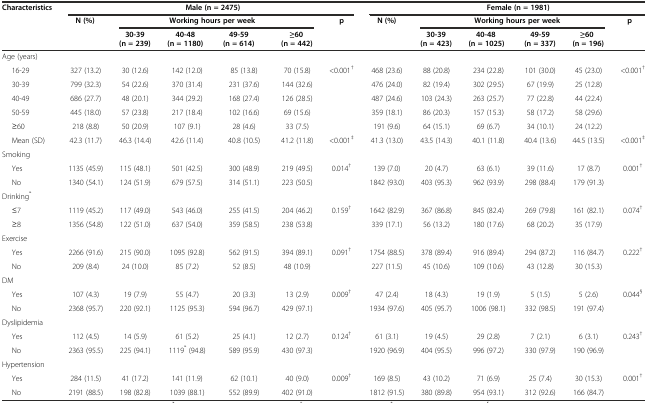
<table><thead><tr><td rowspan="3"><b>Characteristics</b></td><td colspan="6"><b>Male (n = 2475)</b></td><td colspan="6"><b>Female (n = 1981)</b></td></tr><tr><td rowspan="2"><b>N (%)</b></td><td colspan="4"><b>Working hours per week</b></td><td rowspan="2"><b>p</b></td><td rowspan="2"><b>N (%)</b></td><td colspan="4"><b>Working hours per week</b></td><td rowspan="2"><b>p</b></td></tr><tr><td><b>30-39 (n = 239)</b></td><td><b>40-48 (n = 1180)</b></td><td><b>49-59 (n = 614)</b></td><td><b>≥60 (n = 442)</b></td><td><b>30-39 (n = 423)</b></td><td><b>40-48 (n = 1025)</b></td><td><b>49-59 (n = 337)</b></td><td><b>≥60 (n = 196)</b></td></tr></thead><tbody><tr><td>Age (years)</td><td></td><td></td><td></td><td></td><td></td><td></td><td></td><td></td><td></td><td></td><td></td><td></td></tr><tr><td>16-29</td><td>327 (13.2)</td><td>30 (12.6)</td><td>142 (12.0)</td><td>85 (13.8)</td><td>70 (15.8)</td><td>&lt;0.001<sup>†</sup></td><td>468 (23.6)</td><td>88 (20.8)</td><td>234 (22.8)</td><td>101 (30.0)</td><td>45 (23.0)</td><td>&lt;0.001<sup>†</sup></td></tr><tr><td>30-39</td><td>799 (32.3)</td><td>54 (22.6)</td><td>370 (31.4)</td><td>231 (37.6)</td><td>144 (32.6)</td><td></td><td>476 (24.0)</td><td>82 (19.4)</td><td>302 (29.5)</td><td>67 (19.9)</td><td>25 (12.8)</td><td></td></tr><tr><td>40-49</td><td>686 (27.7)</td><td>48 (20.1)</td><td>344 (29.2)</td><td>168 (27.4)</td><td>126 (28.5)</td><td></td><td>487 (24.6)</td><td>103 (24.3)</td><td>263 (25.7)</td><td>77 (22.8)</td><td>44 (22.4)</td><td></td></tr><tr><td>50-59</td><td>445 (18.0)</td><td>57 (23.8)</td><td>217 (18.4)</td><td>102 (16.6)</td><td>69 (15.6)</td><td></td><td>359 (18.1)</td><td>86 (20.3)</td><td>157 (15.3)</td><td>58 (17.2)</td><td>58 (29.6)</td><td></td></tr><tr><td>≥60</td><td>218 (8.8)</td><td>50 (20.9)</td><td>107 (9.1)</td><td>28 (4.6)</td><td>33 (7.5)</td><td></td><td>191 (9.6)</td><td>64 (15.1)</td><td>69 (6.7)</td><td>34 (10.1)</td><td>24 (12.2)</td><td></td></tr><tr><td>Mean (SD)</td><td>42.3 (11.7)</td><td>46.3 (14.4)</td><td>42.6 (11.4)</td><td>40.8 (10.5)</td><td>41.2 (11.8)</td><td>&lt;0.001<sup>‡</sup></td><td>41.3 (13.0)</td><td>43.5 (14.3)</td><td>40.1 (11.8)</td><td>40.4 (13.6)</td><td>44.5 (13.5)</td><td>&lt;0.001<sup>‡</sup></td></tr><tr><td>Smoking</td><td></td><td></td><td></td><td></td><td></td><td></td><td></td><td></td><td></td><td></td><td></td><td></td></tr><tr><td>Yes</td><td>1135 (45.9)</td><td>115 (48.1)</td><td>501 (42.5)</td><td>300 (48.9)</td><td>219 (49.5)</td><td>0.014<sup>†</sup></td><td>139 (7.0)</td><td>20 (4.7)</td><td>63 (6.1)</td><td>39 (11.6)</td><td>17 (8.7)</td><td>0.001<sup>†</sup></td></tr><tr><td>No</td><td>1340 (54.1)</td><td>124 (51.9)</td><td>679 (57.5)</td><td>314 (51.1)</td><td>223 (50.5)</td><td></td><td>1842 (93.0)</td><td>403 (95.3)</td><td>962 (93.9)</td><td>298 (88.4)</td><td>179 (91.3)</td><td></td></tr><tr><td>Drinking<sup>*</sup></td><td></td><td></td><td></td><td></td><td></td><td></td><td></td><td></td><td></td><td></td><td></td><td></td></tr><tr><td>≤7</td><td>1119 (45.2)</td><td>117 (49.0)</td><td>543 (46.0)</td><td>255 (41.5)</td><td>204 (46.2)</td><td>0.159<sup>†</sup></td><td>1642 (82.9)</td><td>367 (86.8)</td><td>845 (82.4)</td><td>269 (79.8)</td><td>161 (82.1)</td><td>0.074<sup>†</sup></td></tr><tr><td>≥8</td><td>1356 (54.8)</td><td>122 (51.0)</td><td>637 (54.0)</td><td>359 (58.5)</td><td>238 (53.8)</td><td></td><td>339 (17.1)</td><td>56 (13.2)</td><td>180 (17.6)</td><td>68 (20.2)</td><td>35 (17.9)</td><td></td></tr><tr><td>Exercise</td><td></td><td></td><td></td><td></td><td></td><td></td><td></td><td></td><td></td><td></td><td></td><td></td></tr><tr><td>Yes</td><td>2266 (91.6)</td><td>215 (90.0)</td><td>1095 (92.8)</td><td>562 (91.5)</td><td>394 (89.1)</td><td>0.091<sup>†</sup></td><td>1754 (88.5)</td><td>378 (89.4)</td><td>916 (89.4)</td><td>294 (87.2)</td><td>116 (84.7)</td><td>0.222<sup>†</sup></td></tr><tr><td>No</td><td>209 (8.4)</td><td>24 (10.0)</td><td>85 (7.2)</td><td>52 (8.5)</td><td>48 (10.9)</td><td></td><td>227 (11.5)</td><td>45 (10.6)</td><td>109 (10.6)</td><td>43 (12.8)</td><td>30 (15.3)</td><td></td></tr><tr><td>DM</td><td></td><td></td><td></td><td></td><td></td><td></td><td></td><td></td><td></td><td></td><td></td><td></td></tr><tr><td>Yes</td><td>107 (4.3)</td><td>19 (7.9)</td><td>55 (4.7)</td><td>20 (3.3)</td><td>13 (2.9)</td><td>0.009<sup>†</sup></td><td>47 (2.4)</td><td>18 (4.3)</td><td>19 (1.9)</td><td>5 (1.5)</td><td>5 (2.6)</td><td>0.044<sup>§</sup></td></tr><tr><td>No</td><td>2368 (95.7)</td><td>220 (92.1)</td><td>1125 (95.3)</td><td>594 (96.7)</td><td>429 (97.1)</td><td></td><td>1934 (97.6)</td><td>405 (95.7)</td><td>1006 (98.1)</td><td>332 (98.5)</td><td>191 (97.4)</td><td></td></tr><tr><td>Dyslipidemia</td><td></td><td></td><td></td><td></td><td></td><td></td><td></td><td></td><td></td><td></td><td></td><td></td></tr><tr><td>Yes</td><td>112 (4.5)</td><td>14 (5.9)</td><td>61 (5.2)</td><td>25 (4.1)</td><td>12 (2.7)</td><td>0.124<sup>†</sup></td><td>61 (3.1)</td><td>19 (4.5)</td><td>29 (2.8)</td><td>7 (2.1)</td><td>6 (3.1)</td><td>0.243<sup>†</sup></td></tr><tr><td>No</td><td>2363 (95.5)</td><td>225 (94.1)</td><td>1119<sup>*</sup> (94.8)</td><td>589 (95.9)</td><td>430 (97.3)</td><td></td><td>1920 (96.9)</td><td>404 (95.5)</td><td>996 (97.2)</td><td>330 (97.9)</td><td>190 (96.9)</td><td></td></tr><tr><td>Hypertension</td><td></td><td></td><td></td><td></td><td></td><td></td><td></td><td></td><td></td><td></td><td></td><td></td></tr><tr><td>Yes</td><td>284 (11.5)</td><td>41 (17.2)</td><td>141 (11.9)</td><td>62 (10.1)</td><td>40 (9.0)</td><td>0.009<sup>†</sup></td><td>169 (8.5)</td><td>43 (10.2)</td><td>71 (6.9)</td><td>25 (7.4)</td><td>30 (15.3)</td><td>0.001<sup>†</sup></td></tr><tr><td>No</td><td>2191 (88.5)</td><td>198 (82.8)</td><td>1039 (88.1)</td><td>552 (89.9)</td><td>402 (91.0)</td><td></td><td>1812 (91.5)</td><td>380 (89.8)</td><td>954 (93.1)</td><td>312 (92.6)</td><td>166 (84.7)</td><td></td></tr></tbody></table>